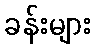
ခန်းများ